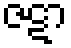
ဇဋာ